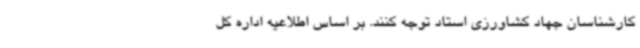
کارشناسان جهاد کشاورزی استاد توجه کنند. بر اساس اطلاعیه اداره کل